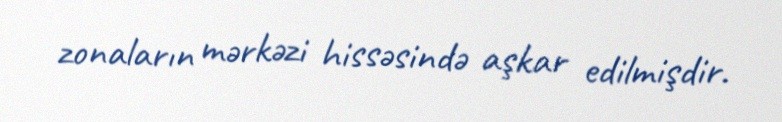
zonaların mərkəzi hissəsində aşkar edilmişdir.